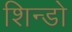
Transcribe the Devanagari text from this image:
शिन्डो